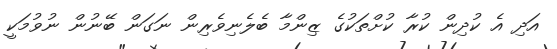
އަދި އެ ކުދިން ކުރާ ކުށްތަކުގެ ޒިންމާ ބެލެނިވެރިން ނަގަން ބޭނުން ނުވުމަކީ